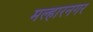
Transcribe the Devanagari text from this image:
मल्हारनगर